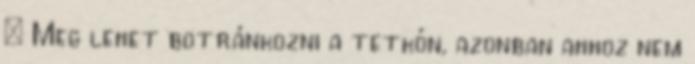
– Meg lehet botránkozni a tetkón, azonban ahhoz nem